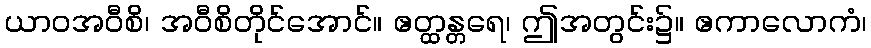
ယာဝအဝီစိ၊ အဝီစိတိုင်အောင်။ ဧတ္ထန္တရေ၊ ဤအတွင်း၌။ ဧကာလောကံ၊